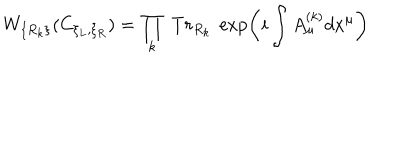
W _ { \{ R _ { k } \} } ( C _ { \xi _ { L } , \xi _ { R } } ) = \prod _ { k } ~ T r _ { R _ { k } } ~ \exp \left( i \int A _ { \mu } ^ { ( k ) } d x ^ { \mu } \right)